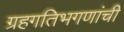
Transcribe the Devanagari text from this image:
ग्रहगतिभगणांची